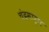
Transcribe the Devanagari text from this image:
चंद्रमार्ग